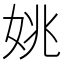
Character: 姚